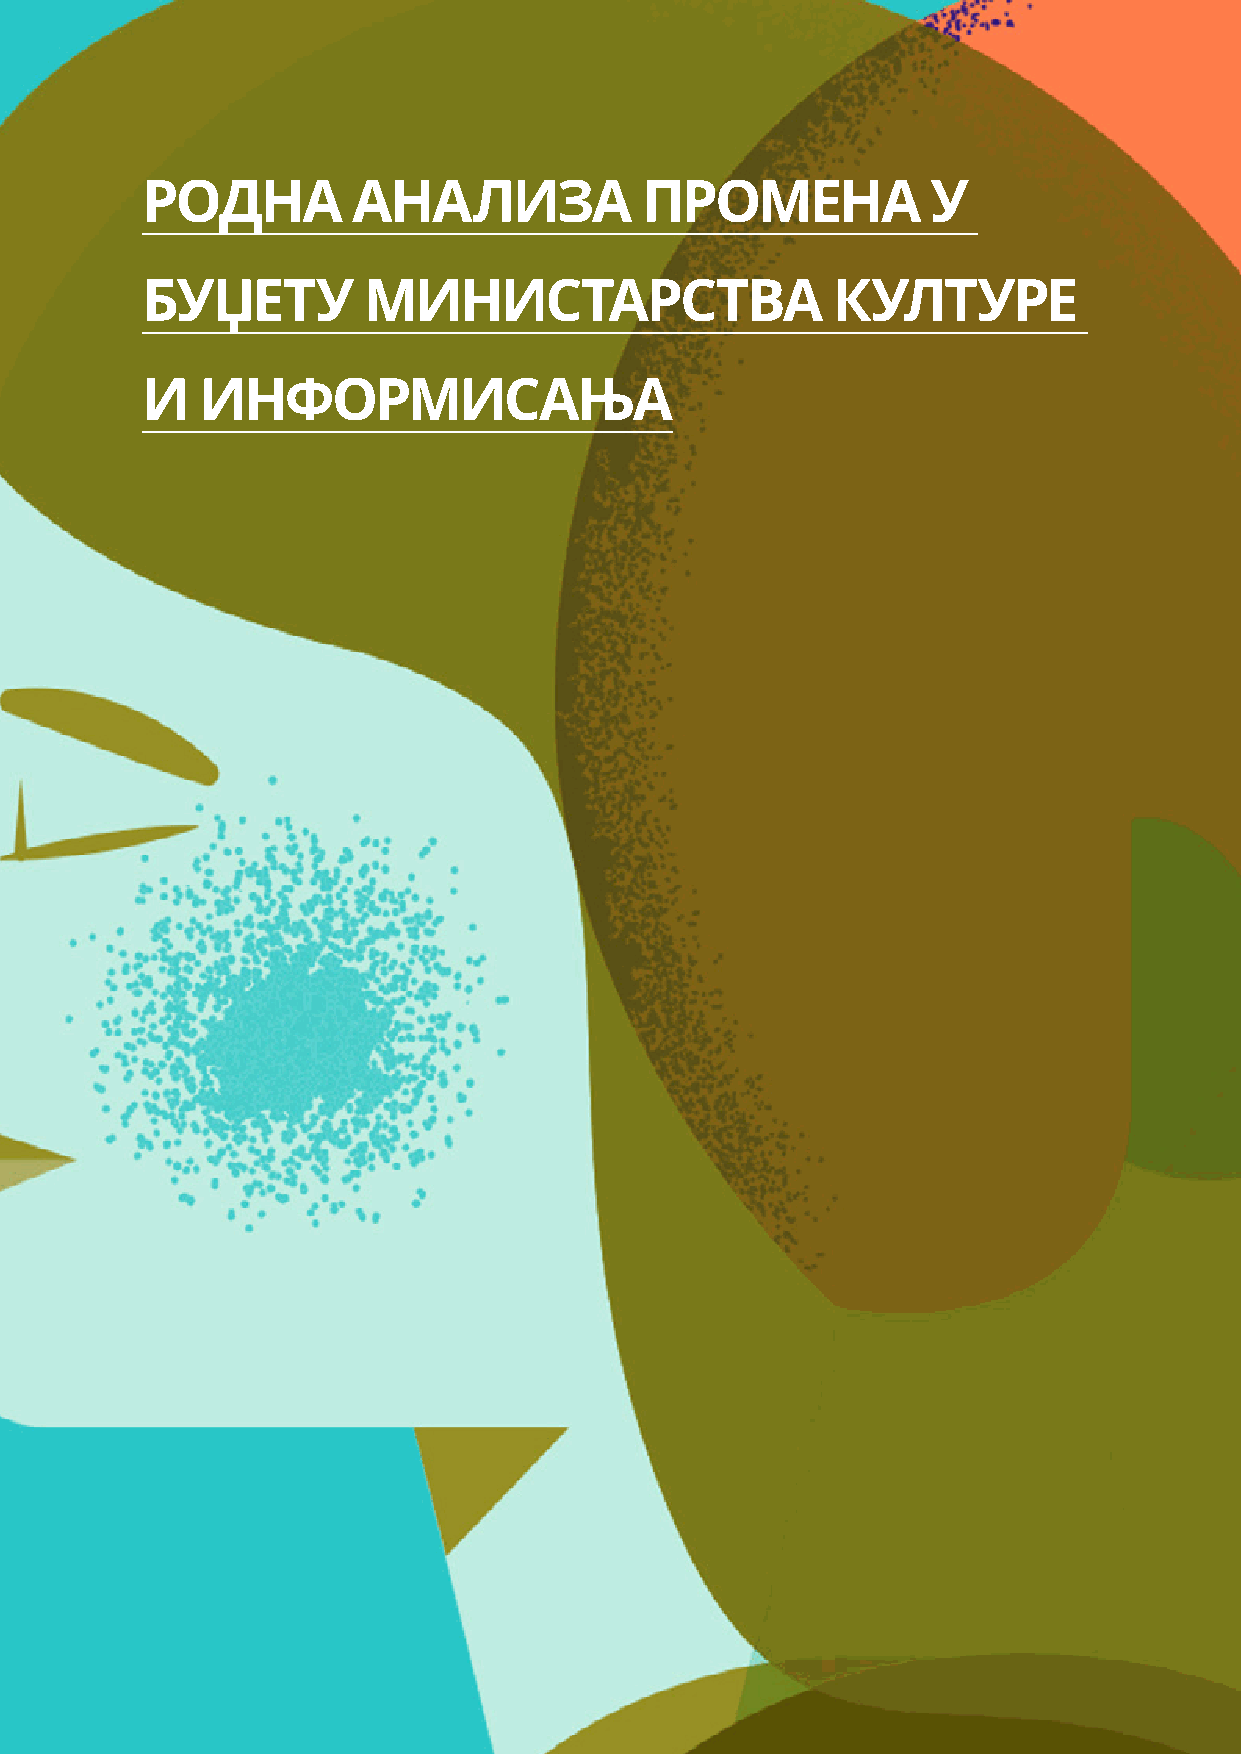
РОДНА         АНАЛИЗА            ПРОМЕНА             У
 БУЏЕТУ         МИНИСТАРСТВА                   КУЛТУРЕ
 И   ИНФОРМИСАЊА